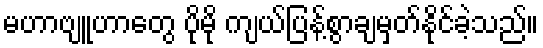
မဟာဗျူဟာတွေ ပိုမို ကျယ်ပြန့်စွာချမှတ်နိုင်ခဲ့သည်။